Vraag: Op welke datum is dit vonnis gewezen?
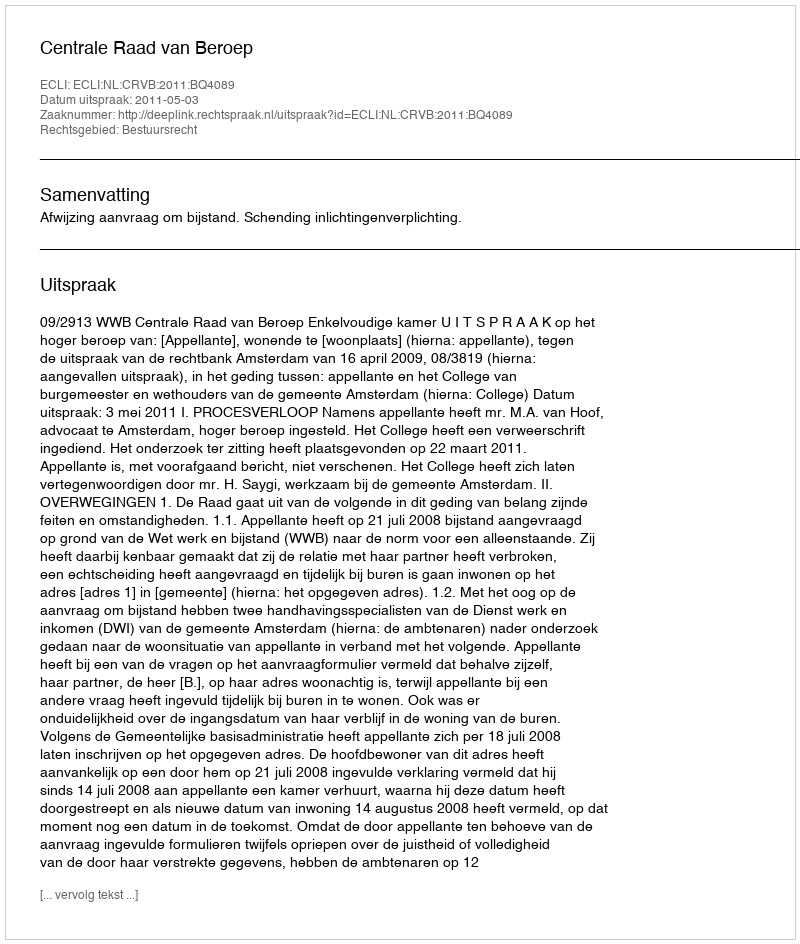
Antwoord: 2011-05-03